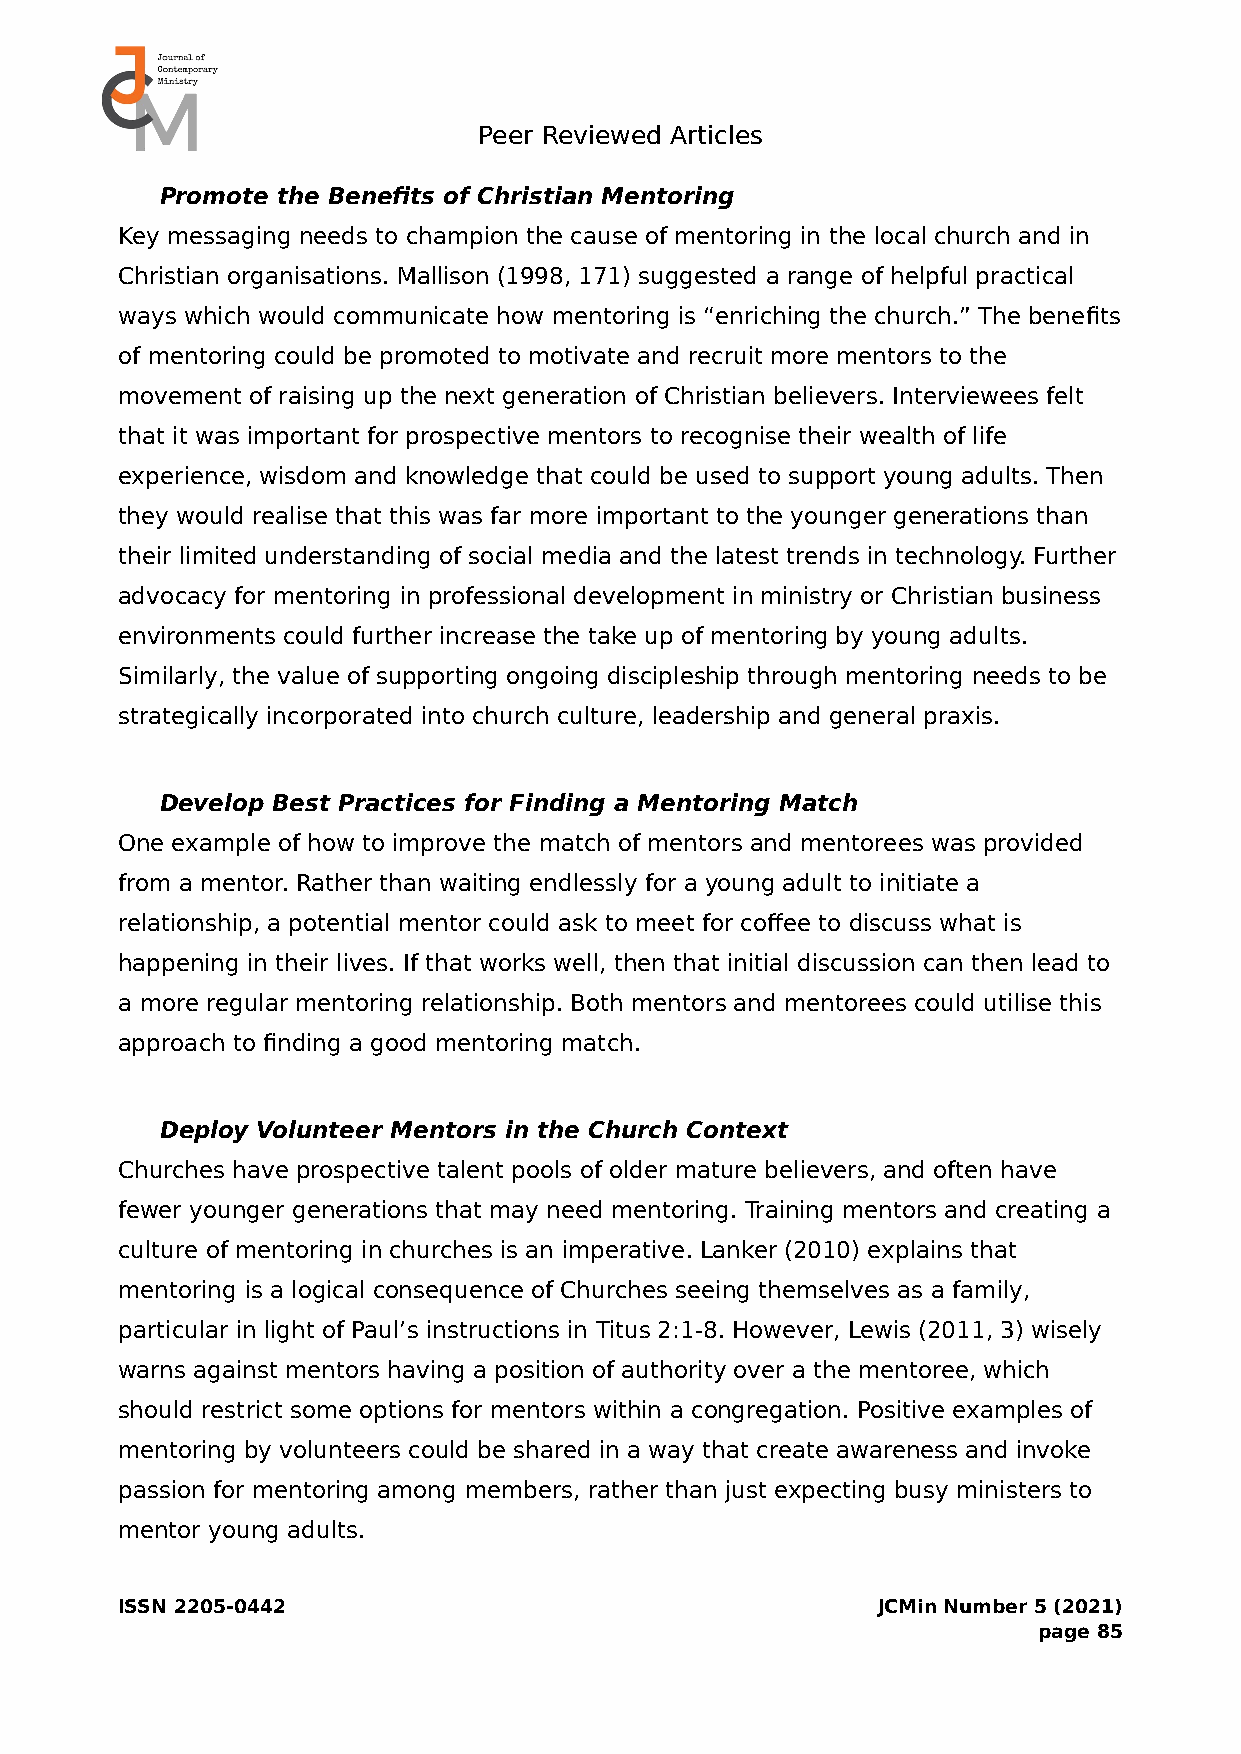
Peer Reviewed Articles
 Promote the Benefits of Christian Mentoring
 Key messaging needs to champion the cause of mentoring in the local church and in
 Christian organisations. Mallison (1998, 171) suggested a range of helpful practical
 ways which would communicate how mentoring is “enriching the church.” The benefits
 of mentoring could be promoted to motivate and recruit more mentors to the
 movement of raising up the next generation of Christian believers. Interviewees felt
 that it was important for prospective mentors to recognise their wealth of life
 experience, wisdom and knowledge that could be used to support young adults. Then
 they would realise that this was far more important to the younger generations than
 their limited understanding of social media and the latest trends in technology. Further
 advocacy for mentoring in professional development in ministry or Christian business
 environments could further increase the take up of mentoring by young adults.
 Similarly, the value of supporting ongoing discipleship through mentoring needs to be
 strategically incorporated into church culture, leadership and general praxis.
 Develop Best Practices for Finding a Mentoring Match
 One example of how to improve the match of mentors and mentorees was provided
 from a mentor. Rather than waiting endlessly for a young adult to initiate a
 relationship, a potential mentor could ask to meet for coffee to discuss what is
 happening in their lives. If that works well, then that initial discussion can then lead to
 a more regular mentoring relationship. Both mentors and mentorees could utilise this
 approach to finding a good mentoring match.
 Deploy Volunteer Mentors in the Church Context
 Churches have prospective talent pools of older mature believers, and often have
 fewer younger generations that may need mentoring. Training mentors and creating a
 culture of mentoring in churches is an imperative. Lanker (2010) explains that
 mentoring is a logical consequence of Churches seeing themselves as a family,
 particular in light of Paul’s instructions in Titus 2:1-8. However, Lewis (2011, 3) wisely
 warns against mentors having a position of authority over a the mentoree, which
 should restrict some options for mentors within a congregation. Positive examples of
 mentoring by volunteers could be shared in a way that create awareness and invoke
 passion for mentoring among members, rather than just expecting busy ministers to
 mentor young adults.
 ISSN 2205-0442                                    JCMin Number 5 (2021)
 page 85